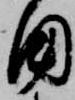
角